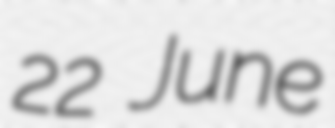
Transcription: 22 June